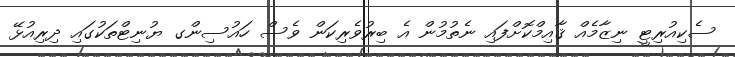
ސެކިއުރިޓީ ނިޒާމެއް ޤާއިމްކޮށްފައި ނެތުމުން އެ ބިރުވެރިކަން ވެސް ހައުސިންގ ޔުނިޓްތަކުގައި ދިރިއުޅޭ